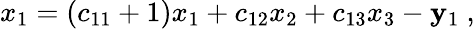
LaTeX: x_{1}=\left(c_{11}+1\right)x_{1}+c_{12}x_{2}+c_{13}x_{3}-\mathbf{y}_{1}\ ,